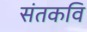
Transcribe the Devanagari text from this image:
संतकवि